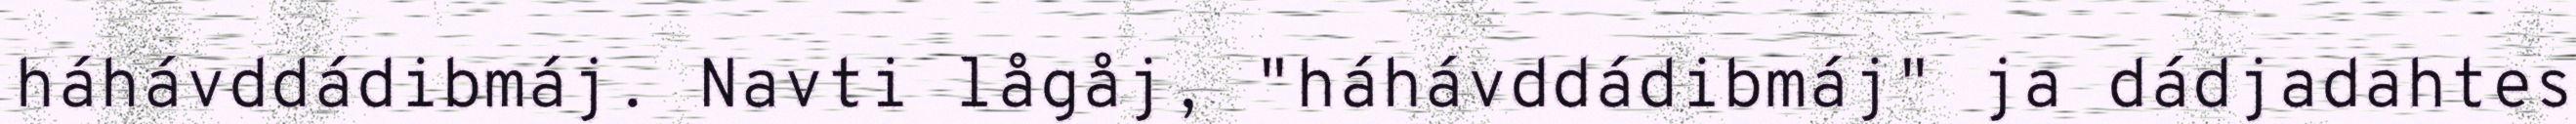
háhávddádibmáj. Navti lågåj, "háhávddádibmáj" ja dádjadahtes